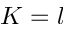
K = l